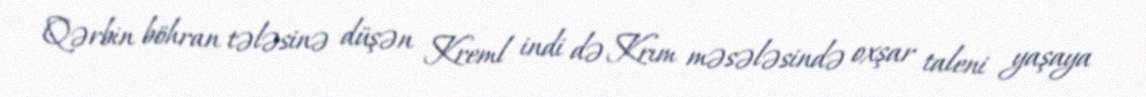
Qərbin böhran tələsinə düşən Kreml indi də Krım məsələsində oxşar taleni yaşaya